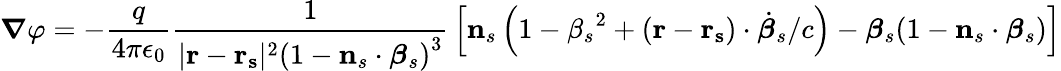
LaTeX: {\boldsymbol{\nabla}}\varphi=-{\frac{q}{4\pi\epsilon_{0}}}{\frac{1}{|\mathbf{r}-\mathbf{r_{s}}|^{2}\left(1-\mathbf{n}_{s}\cdot{\boldsymbol{\beta}}_{s}\right)^{3}}}\left[\mathbf{n}_{s}\left(1-{\beta_{s}}^{2}+(\mathbf{r}-\mathbf{r_{s}})\cdot{\dot{\boldsymbol{\beta}}}_{s}/c\right)-{\boldsymbol{\beta}}_{s}(1-\mathbf{n}_{s}\cdot{\boldsymbol{\beta}}_{s})\right]